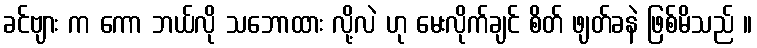
ခင်ဗျား က ကော ဘယ်လို သဘောထား လို့လဲ ဟု မေးလိုက်ချင် စိတ် ဖျတ်ခနဲ ဖြစ်မိသည် ။